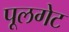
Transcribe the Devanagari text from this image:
पूलगेट